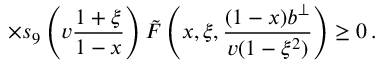
\times s _ { 9 } \left( v \frac { 1 + \xi } { 1 - x } \right) \tilde { F } \left( x , \xi , \frac { ( 1 - x ) b ^ { \perp } } { v ( 1 - \xi ^ { 2 } ) } \right) \geq 0 \, .